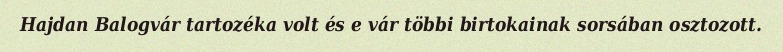
Hajdan Balogvár tartozéka volt és e vár többi birtokainak sorsában osztozott.